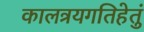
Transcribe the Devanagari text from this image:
कालत्रयगतिहेतुं